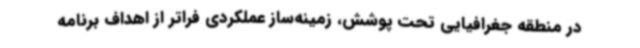
در منطقه جغرافیایی تحت پوشش، زمینه‌ساز عملکردی فراتر از اهداف برنامه